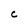
Character: C